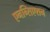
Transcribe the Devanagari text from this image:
एनन्सिएशन